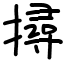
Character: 撏